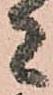
者